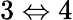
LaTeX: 3\Leftrightarrow 4